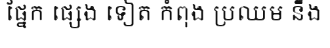
ផ្នែក ផ្សេង ទៀត កំពុង ប្រឈម នឹង